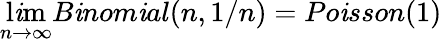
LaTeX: \operatorname*{l\mathit{i}m}_{n\to\infty}B\mathit{i}nom\mathit{i}al(n,1/n)=Po\mathit{i}sson(1)